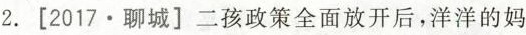
2.[2017\cdot聊城]二孩政策全面放开后，洋洋的妈